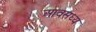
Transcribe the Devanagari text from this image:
आवसध्य